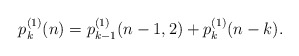
\begin{align*}p^{(1)}_k(n)=p^{(1)}_{k-1}(n-1,2)+p^{(1)}_k(n-k).\end{align*}